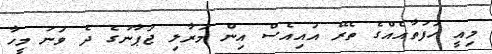
މިއީ ހަފުތާއެއްގެ ތެރޭ އައިއެސް އިން މަރާލި ޖަޕާނުގެ ދެ ވަނަ މީހާ